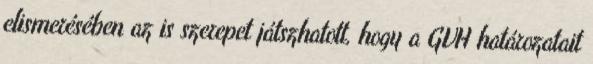
elismerésében az is szerepet játszhatott, hogy a GVH határozatait